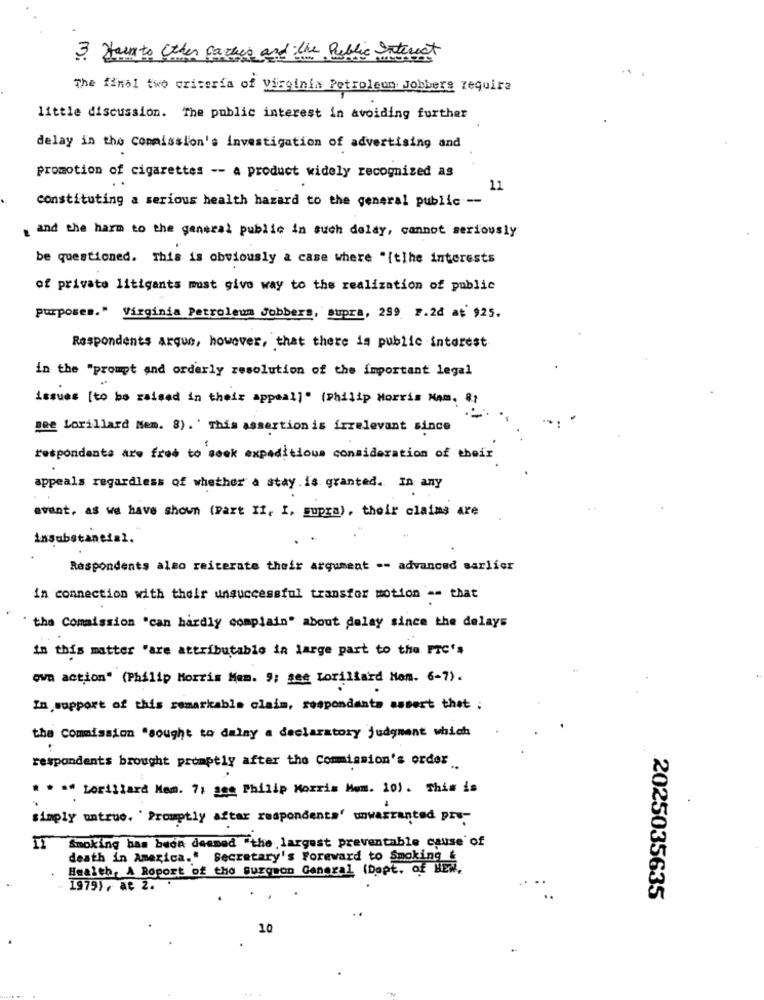
3. Harm to Other father and the Public Interest
The final two criteria of Virginia Petroleum Jobbers require
little discussion. The public interest in avoiding further
delay in the commission's investigation of advertising and
promotion of cigarettes -- a product widely recognized as
11
constituting a serious health hazard to the general public --
. and the harm to the general public in such delay, cannot seriously
be questioned. This is obviously a case where "[tlhe interests
of private litigants most give way to the realization of public
purposes." Virginia Petroleum Jobbers, supra, 299 P.26 at' 925.
Respondents arque, however, that there is public interest
in the "prompt and orderly resolution of the important legal
issues [to be raised in their appeal]" (philip Morris Mam. ]
pee Lorillard Nem. 8).' This assertionis irrelevant since
respondents are free to seek expeditions consideration of their
appeals regardless of whether a stay.is granted. In any
avant, as we have shown (part II, I, supra), their claims are
insubstanetal.
Respondents also reiterate their argument -- advanced sarlier
in connection with their unsuccessful transfer motion -- that
" the Commission "can hardly complain" about delay since the delays
in this matter "are attributable in large part to the PIC's
own action" (Philip Morris Mom. 9; see toriliard Hom. 6-7).
In support of this remarkable claim, respondents asbest that.
the commission "sought to dalny a declaratory judgment which
respondents brought promptly after the Commission's order
* * ** Lorillard Mem. 71 ses Philip Morris Mom. 10). This is
.
simply untrue, ' Promptly after respondents' unwarranted pro-
If Smoking has been desmed "the largest preventable cause of
death in America." Secretary's Foreward to Smoking &
Health, A Roport of the surgeon General (Dept. of HEW,
1979), At 2.
2025035635
10